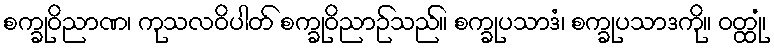
စက္ခုဝိညာဏ၊ ကုသလဝိပါတ် စက္ခုဝိညာဉ်သည်။ စက္ခုပသာဒံ၊ စက္ခုပသာဒကို။ ဝတ္ထုံ၊